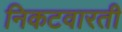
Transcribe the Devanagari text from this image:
निकटवारती